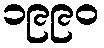
၁၉၉၀